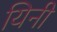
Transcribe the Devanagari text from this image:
यिनी